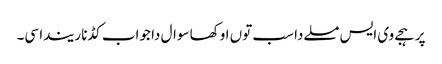
پر ہجے وی ایس مسلے دا سب توں اوکھا سوال دا جواب کڈنا ریندا سی۔